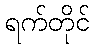
ရက်တိုင်